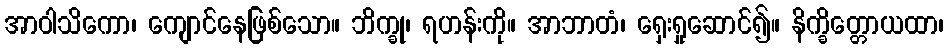
အာဝါသိကော၊ ကျောင်နေဖြစ်သော။ ဘိက္ခု၊ ရဟန်းကို။ အာဘာတံ၊ ရှေးရှုဆောင်၍။ နိက္ခိတ္တောယထာ၊